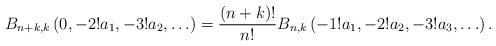
LaTeX: \begin{align*} B_{n+k,k} \left( 0, -2! a_1, -3! a_2, \ldots \right) &= \frac{(n+k)!}{n!}B_{n,k} \left( -1! a_1, -2! a_2, -3! a_3, \ldots \right).\end{align*}